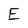
Character: E